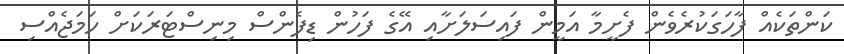
ކަންތަކެއް ފާހަގަކުރެވެން ފެށީމާ އަމީން ފައިސަލަށާއި އޭގެ ފަހުން ޑިފެންސް މިނިސްޓަރަކަށް ހަމަޖެއްސި